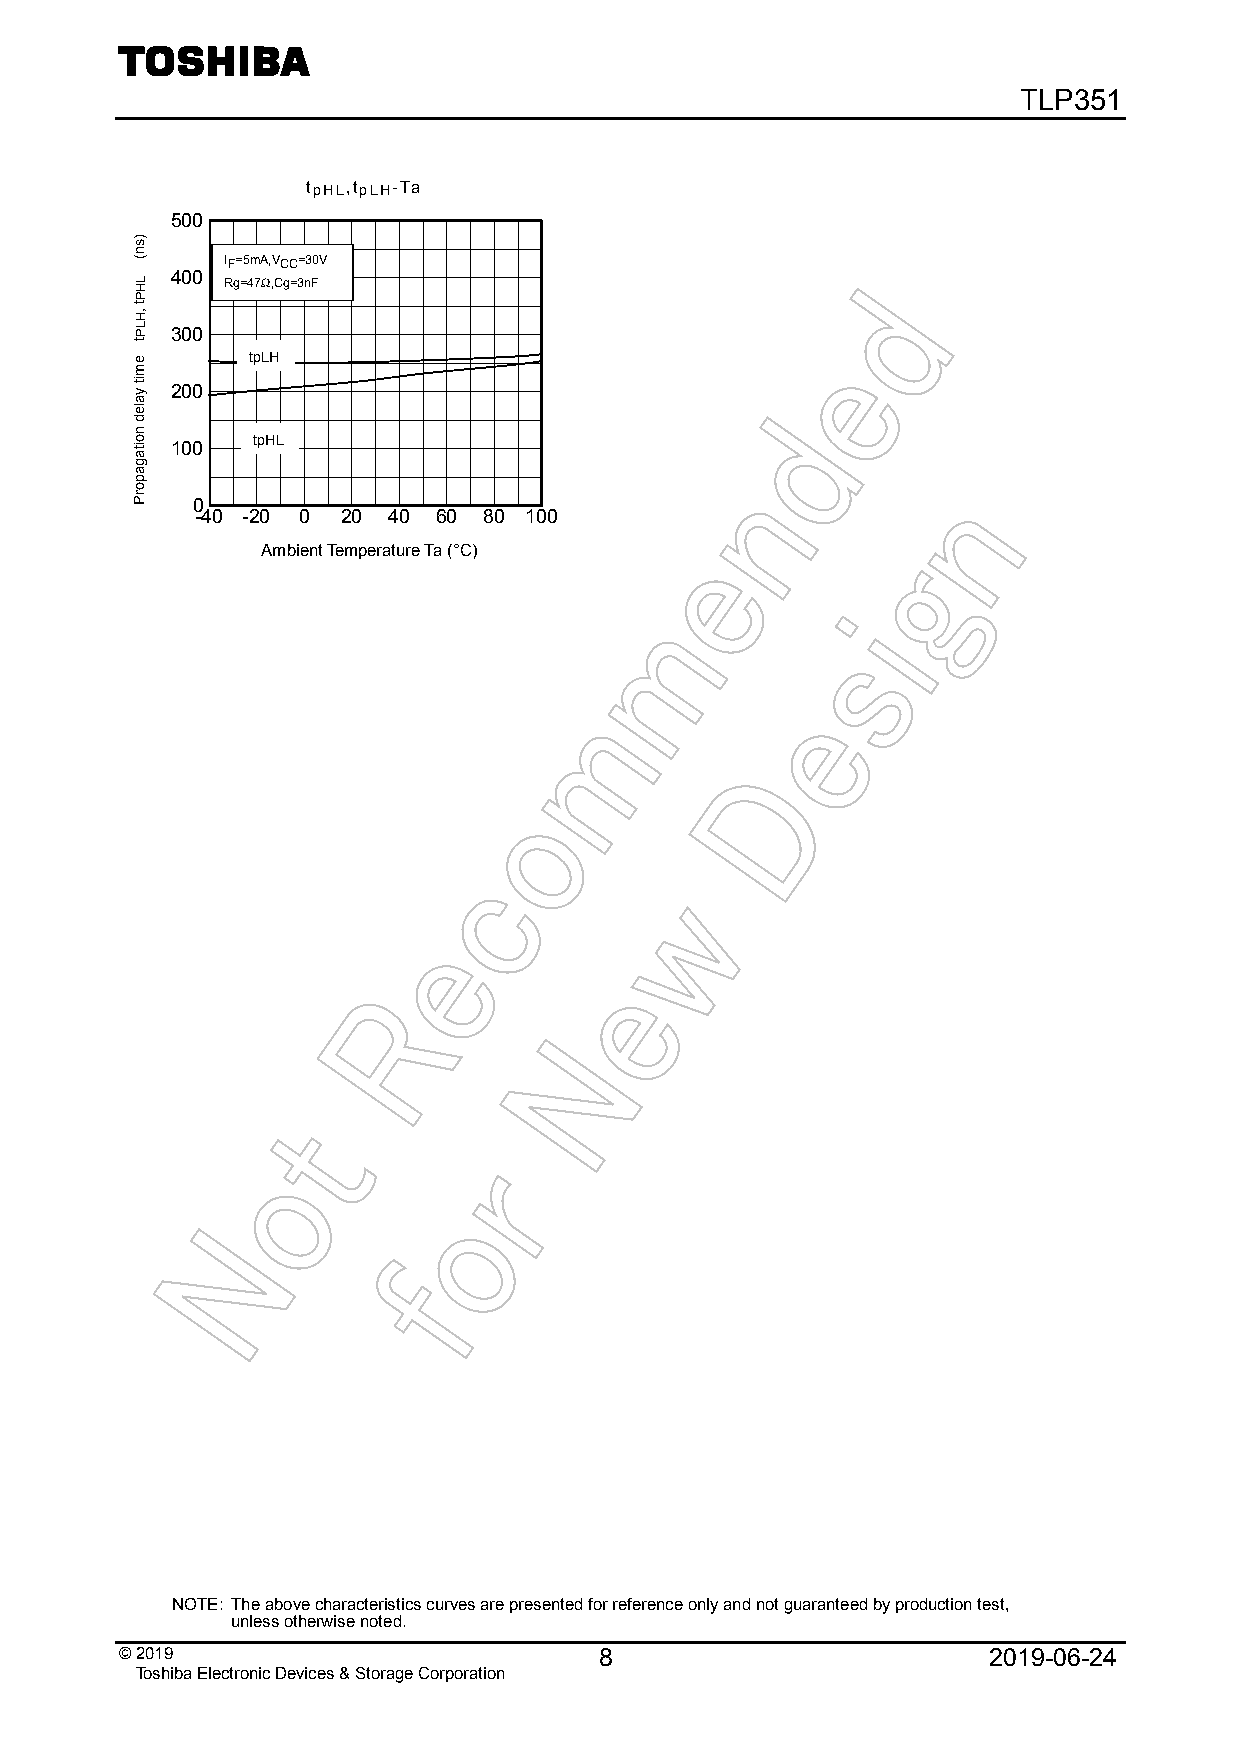
TLP351
 tpHL,tpLH-Ta
 500
 IF=5mA,VCC=30V
 400 Rg=47Ω,Cg=3nF
 300
 tpLH
 200
 tpHL
 100
 0
 -40 -20 0 20 40 60 80 100
 Ambient Temperature Ta (°C)
 NOTE: The above characteristics curves are presented for reference only and not guaranteed by production test,
 unless otherwise noted.
 © 20 19                         8                        2019-06-24
 Toshiba Electronic Devices & Storage Corporation
 )sn(
 LHPt
 ,HLPt
 emit
 yaled
 noitagaporP